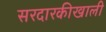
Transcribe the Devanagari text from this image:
सरदारकीखाली